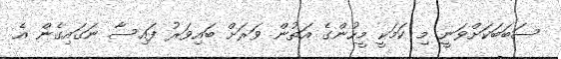
ސަބަބަކަށްވަނީ މި ކަމަކީ މީހުންގެ އަތުން ވަރަށް ބައިވަރު ފައިސާ ނަގައިގެން އެ